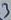
Text: 3